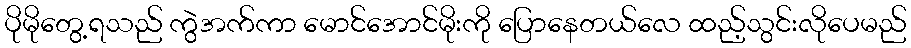
ပိုမိုတွေ့ရသည် ကွဲအက်ကာ မောင်အောင်မိုးကို ပြောနေတယ်လေ ထည့်သွင်းလိုပေမည်